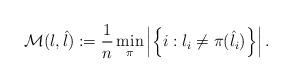
LaTeX: \begin{align*}\mathcal{M}(l, \hat{l}) := \frac{1}{n}\min_{\pi }\left|\left\{i: l_i \neq \pi(\hat{l}_i)\right\}\right|.\end{align*}